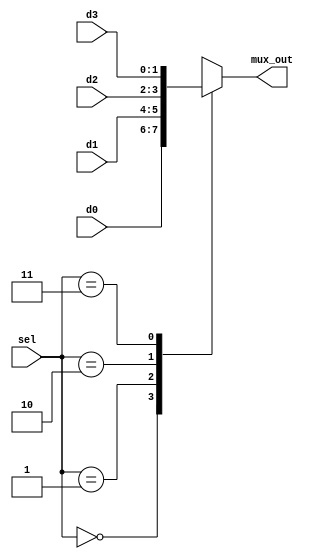
`timescale 1ns/1ns

module mux4_1(
input [1:0]d0,d1,d2,d3,
input [1:0]sel,
output[1:0]mux_out
);
//*************code***********//

reg [1:0] mux_out_reg;
always @ (*)        //casealway@*
begin               //begin endreg
    case(sel)
    2'b00:mux_out_reg = d0;
    2'b01:mux_out_reg = d1;
    2'b10:mux_out_reg = d2;
    2'b11:mux_out_reg = d3;
    default:mux_out_reg = d0;
    endcase
end
assign mux_out = mux_out_reg;

/*
assign mux_out = (sel==2'b00) ? d3 : (sel==2'b01) ? d2 : (sel==2'b10) ? d1 : (sel==2'b11) ? d0 : 2'b00;
*/
//*************code***********//
endmodule